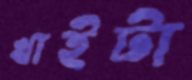
খাইটা